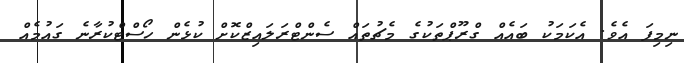
ނިމިފަ އެވެ. އެކަމަކު ބައެއް ގްރޫޕްތަކުގެ މެޗުތައް ސެންޓްރަލައިޒްކޮށް ކުޅެން ހޯސްޓްކުރާނެ ގައުމެއް